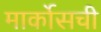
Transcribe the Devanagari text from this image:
मार्कोसची